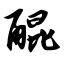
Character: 醌